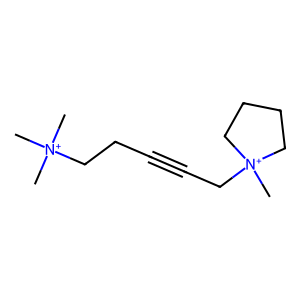
SMILES: C[N+](C)(C)CCC#CC[N+]1(C)CCCC1
Inhibits HIV replication: No